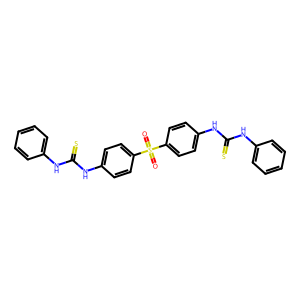
SMILES: O=S(=O)(c1ccc(NC(=S)Nc2ccccc2)cc1)c1ccc(NC(=S)Nc2ccccc2)cc1
Inhibits HIV replication: No